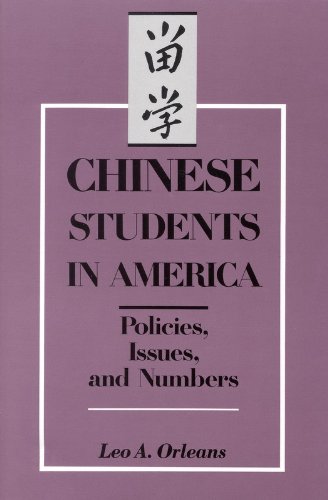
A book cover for Chinese Students in America:: Policies, Issues, and Numbers; Office of International Affairs; Travel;